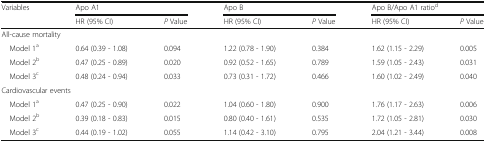
| <ROWSPAN=2> Variables | <COLSPAN=2> Apo A1 | <COLSPAN=2> Apo B | <COLSPAN=2> Apo B/Apo A1 ratiod |
 | HR (95% CI) | P Value | HR (95% CI) | P Value | HR (95% CI) | P Value |
 | --- | --- | --- | --- | --- | --- | --- |
 | <COLSPAN=7> All-cause mortality |
 | Model 1a | 0.64 (0.39 - 1.08) | 0.094 | 1.22 (0.78 - 1.90) | 0.384 | 1.62 (1.15 - 2.29) | 0.005 |
 | Model 2b | 0.47 (0.25 - 0.89) | 0.020 | 0.92 (0.52 - 1.65) | 0.789 | 1.59 (1.05 - 2.43) | 0.031 |
 | Model 3c | 0.48 (0.24 - 0.94) | 0.033 | 0.73 (0.31 - 1.72) | 0.466 | 1.60 (1.02 - 2.49) | 0.040 |
 | <COLSPAN=7> Cardiovascular events |
 | Model 1a | 0.47 (0.25 - 0.90) | 0.022 | 1.04 (0.60 - 1.80) | 0.900 | 1.76 (1.17 - 2.63) | 0.006 |
 | Model 2b | 0.39 (0.18 - 0.83) | 0.015 | 0.80 (0.40 - 1.61) | 0.535 | 1.72 (1.05 - 2.81) | 0.030 |
 | Model 3c | 0.44 (0.19 - 1.02) | 0.055 | 1.14 (0.42 - 3.10) | 0.795 | 2.04 (1.21 - 3.44) | 0.008 |